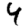
Digit: 4